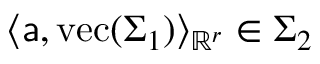
\langle \mathsf { a } , \mathrm { v e c } ( \Sigma _ { 1 } ) \rangle _ { \mathbb { R } ^ { r } } \in \Sigma _ { 2 }